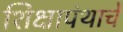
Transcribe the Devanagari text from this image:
शिक्षापंथाचें